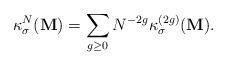
LaTeX: \begin{align*}\kappa^N_{\sigma}(\mathbf{M})= \sum_{g\ge 0} N^{-2 g} \kappa_{\sigma}^{(2g)}(\mathbf{M}). \end{align*}